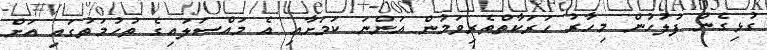
ގުޅިގެން ފުލުހުން މިހާރު ހަރަކާތްތެރިވަމުން އަންނަ ކަމަށާއި އެ މައްސަލައިގެ ތުހުމަތުގައި އަށް